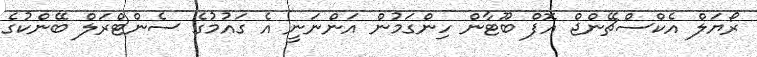
ރޯޔަލް އެކްސްޗޭންޖް އޮފް ބޫޓާން ހިންގަމުން އަންނަނީ އެ ގައުމުގެ ސެންޓްރަލް ބޭންކުގެ